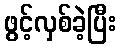
ဖွင့်လှစ်ခဲ့ပြီး